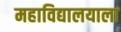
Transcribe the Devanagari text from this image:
महाविद्यालयाला